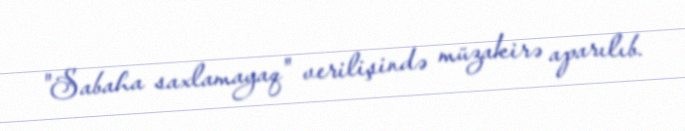
"Sabaha saxlamayaq" verilişində müzakirə aparılıb.